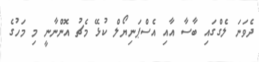
ދެވަނަ ލެގްގައި ބާސާ އާއި އެސްޕަނިޔޯލް ކުޅޭ މެޗު އޮންނާނީ މި މަހުގެ